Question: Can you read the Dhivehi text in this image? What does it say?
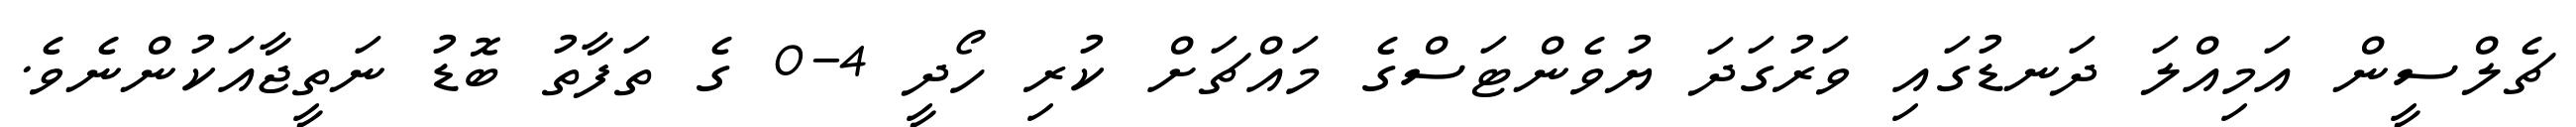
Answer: ޗެލްސީން އަމިއްލަ ދަނޑުގައި ވަރުގަދަ ޔުވެންޓަސްގެ މައްޗަށް ކުރި ހޯދީ 4-0 ގެ ތަފާތު ބޮޑު ނަތީޖާއަކުންނެވެ.